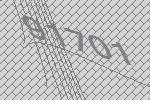
91701